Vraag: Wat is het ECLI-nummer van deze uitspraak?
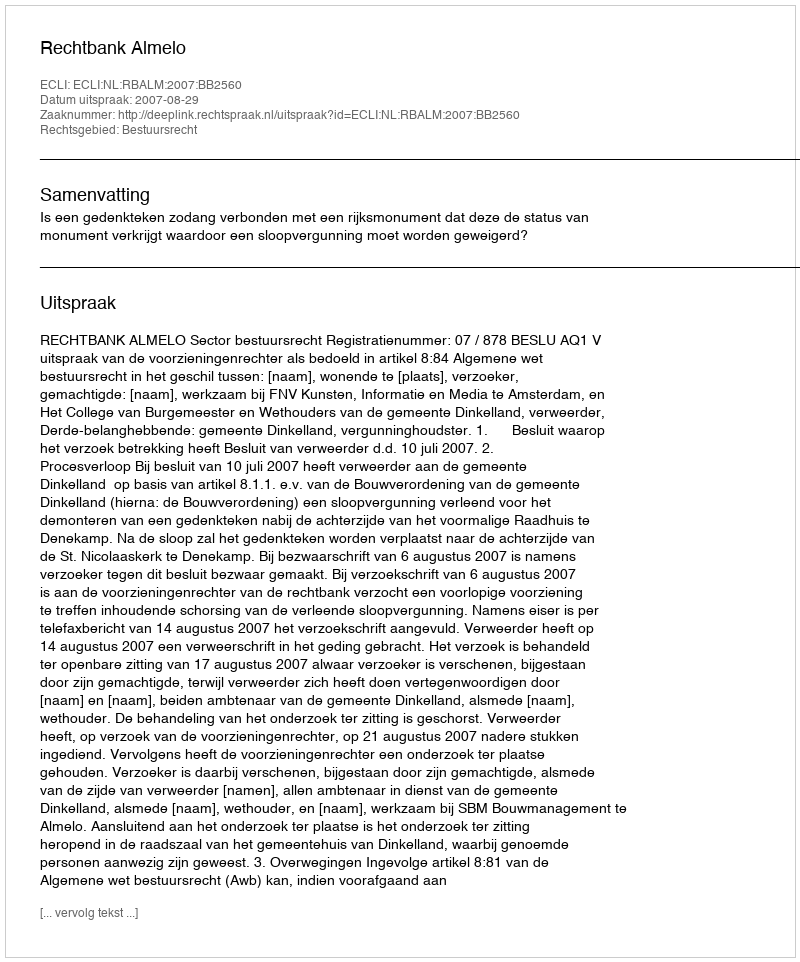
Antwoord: ECLI:NL:RBALM:2007:BB2560